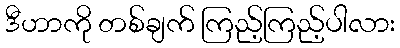
ဒီဟာကို တစ်ချက် ကြည့်ကြည့်ပါလား